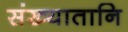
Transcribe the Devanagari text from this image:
संख्यातानि